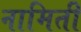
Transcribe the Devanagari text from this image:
नामिती